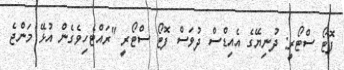
ފޮޓޯ ސްޓޯރީ: ދުނިޔޭގެ އެއިޑްސް ދުވަސް ފޮޓޯ ސްޓޯރީ "ރައްޓެހިވެގެން އުޅޭ މަންޖެ